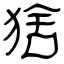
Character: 猞